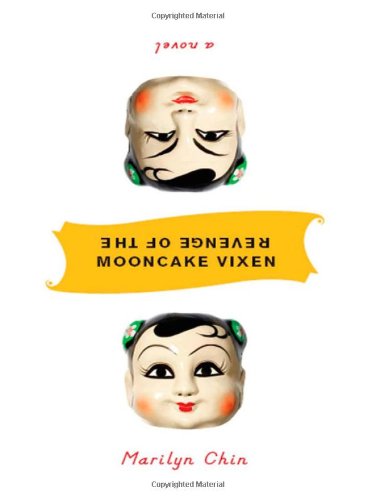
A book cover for Revenge of the Mooncake Vixen: A Manifesto in 41 Tales; Marilyn Chin; Literature & Fiction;